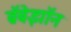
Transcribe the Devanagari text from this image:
ब्रॅबेझॉन